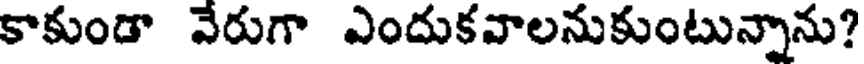
కాకుండా వేరుగా ఎందుకవాలనుకుంటున్నాను?